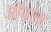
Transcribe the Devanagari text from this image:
ऑयल्स